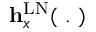
\mathbf { h } _ { x } ^ { \mathrm { L N } } ( ~ . ~ )